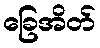
ခြေအိတ်